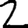
Digit: 2